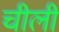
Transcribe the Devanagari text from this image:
चीली